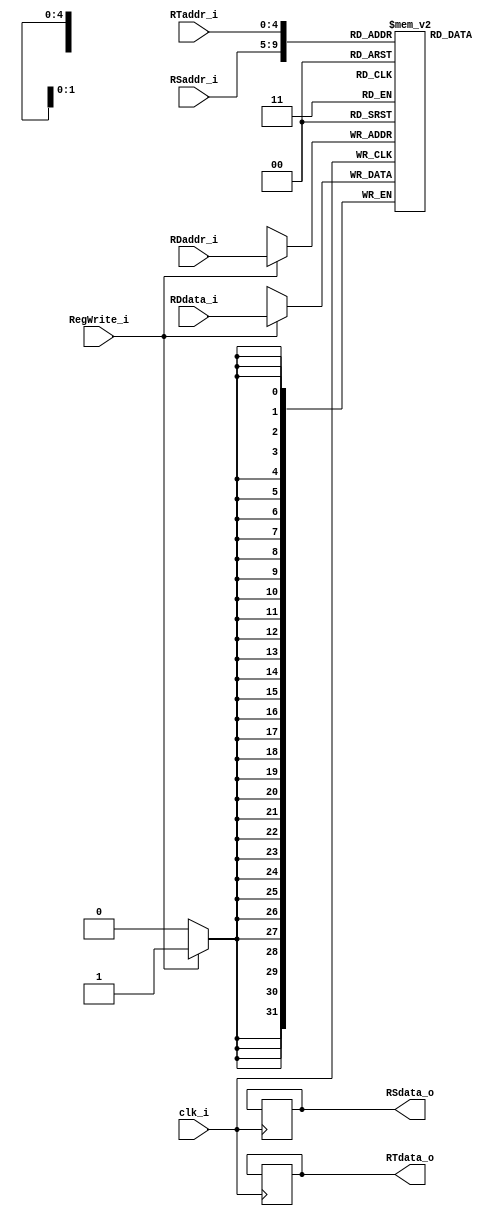
module Registers
(
    input           clk_i,
    input   [4:0]   RSaddr_i,
    input   [4:0]   RTaddr_i,
    input   [4:0]   RDaddr_i, 
    input   [31:0]  RDdata_i,
    input           RegWrite_i, 
    output  [31:0]  RSdata_o, 
    output  [31:0]  RTdata_o 
);

// Register File
reg     [31:0]      register        [0:31];

// Read Data      
assign  RSdata_o = register[RSaddr_i];
assign  RTdata_o = register[RTaddr_i];

// Write Data   
always@(posedge clk_i) begin
    RSdata_o <= register[RSaddr_i];
    RTdata_o <= register[RTaddr_i];
    if(RegWrite_i)
        register[RDaddr_i] <= RDdata_i;
end
   
endmodule